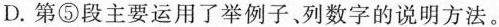
D.第⑤段主要运用了举例子、列数字的说明方法。